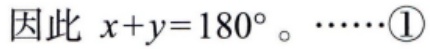
因此 \(x + y = 180^{\circ}\)。\(\cdots\cdots\textcircled{1}\)